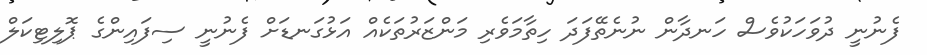
ފެނުނީ ދުވަހަކުވެސް ހަނދާން ނުނެތޭފަދަ ހިތާމަވެރި މަންޒަރުތަކެއް އަޅުގަނޑަށް ފެނުނީ ސިފައިންގެ ޕޮލިޓިކަލް